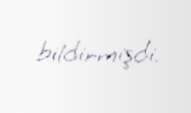
bildirmişdi.